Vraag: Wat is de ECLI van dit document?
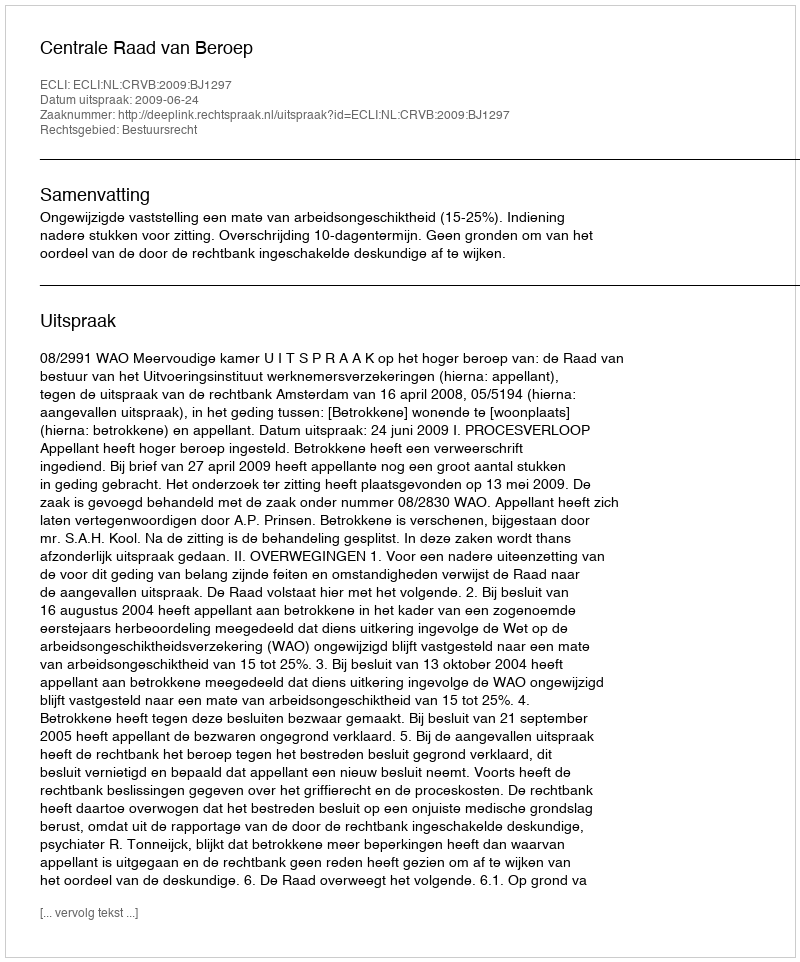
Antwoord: ECLI:NL:CRVB:2009:BJ1297